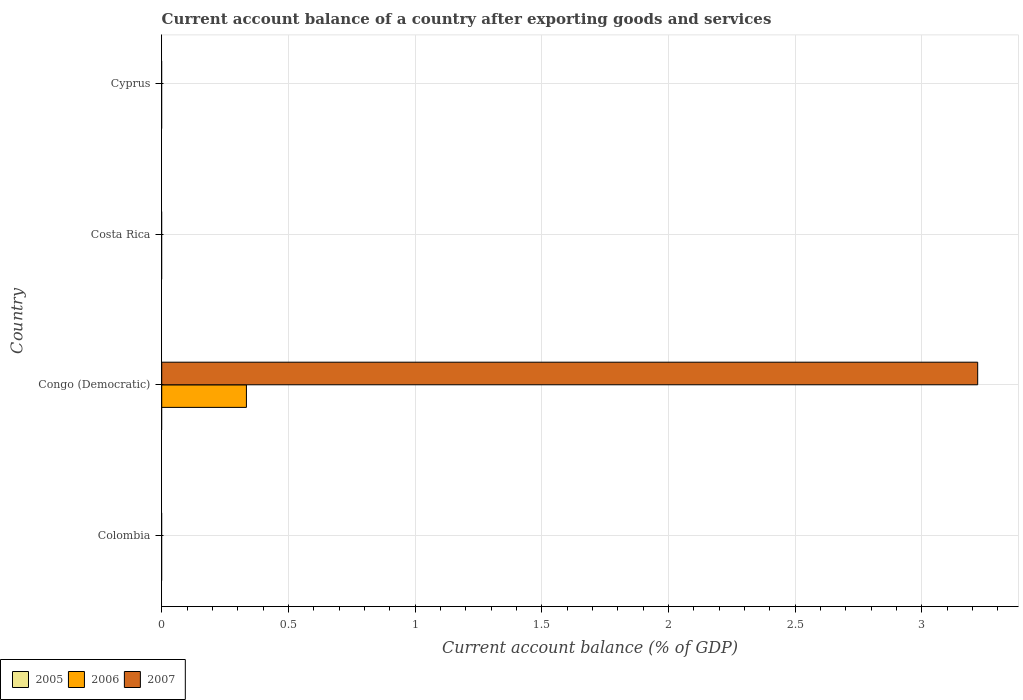
| Country | 2005 | 2006 | 2007 |
 | --- | --- | --- | --- |
 | Colombia | -1.29 | -1.79 | -2.9 |
 | Congo (Democratic) | -3.25 | 0.334 | 3.22 |
 | Costa Rica | -4.91 | -4.54 | -6.25 |
 | Cyprus | -5.31 | -6.44 | -7.72 |